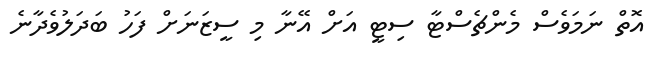
އޮތް ނަމަވެސް މެންޗެސްޓާ ސިޓީ އަށް އޭނާ މި ސީޒަނަށް ފަހު ބަދަލުވެދާނެ